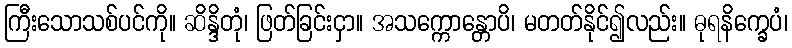
ကြီးသောသစ်ပင်ကို။ ဆိန္ဒိတုံ၊ ဖြတ်ခြင်းငှာ။ အသက္ကောန္တောပိ၊ မတတ်နိုင်၍လည်း။ ဓုရနိက္ခေပံ၊